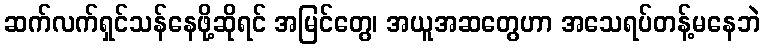
ဆက်လက်ရှင်သန်နေဖို့ဆိုရင် အမြင်တွေ၊ အယူအဆတွေဟာ အသေရပ်တန့်မနေဘဲ